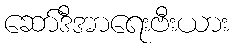
ဆော်ဒီအာရေးဗီးယား